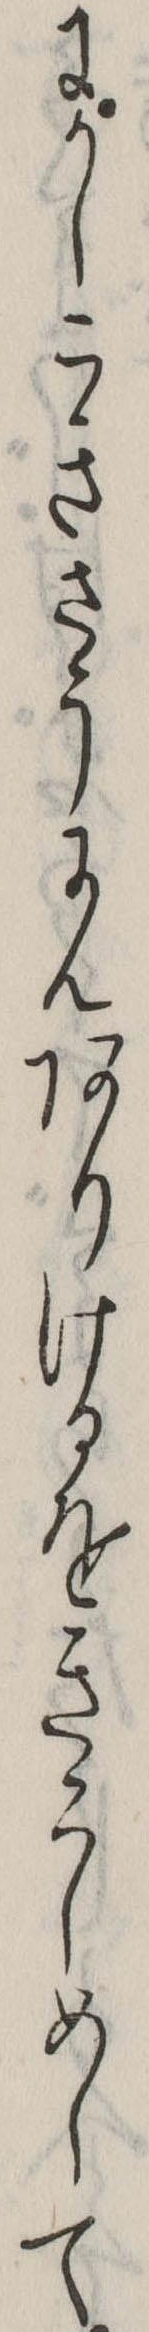
にかしこきさうにんありけるをきこしめして